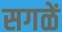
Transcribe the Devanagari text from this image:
सगळें